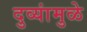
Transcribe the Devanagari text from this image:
दुव्यांमुळे